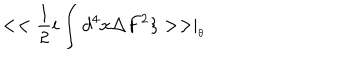
< < \frac { 1 } { 2 } i \int d ^ { 4 } x \Delta F ^ { 2 } \} > > \mid _ { _ { \theta } }